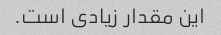
این مقدار زیادی است.